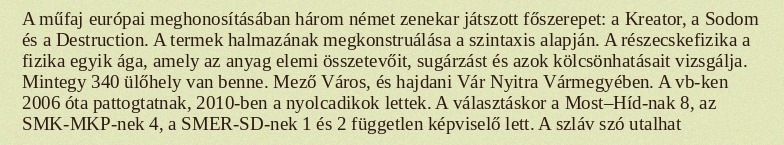
A műfaj európai meghonosításában három német zenekar játszott főszerepet: a Kreator, a Sodom és a Destruction. A termek halmazának megkonstruálása a szintaxis alapján. A részecskefizika a fizika egyik ága, amely az anyag elemi összetevőit, sugárzást és azok kölcsönhatásait vizsgálja. Mintegy 340 ülőhely van benne. Mező Város, és hajdani Vár Nyitra Vármegyében. A vb-ken 2006 óta pattogtatnak, 2010-ben a nyolcadikok lettek. A választáskor a Most–Híd-nak 8, az SMK-MKP-nek 4, a SMER-SD-nek 1 és 2 független képviselő lett. A szláv szó utalhat